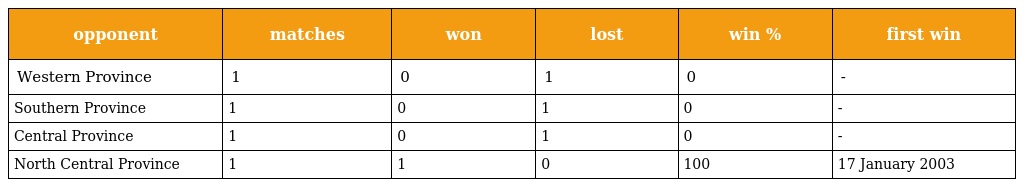
| opponent | matches | won | lost | win % | first win |
 | --- | --- | --- | --- | --- | --- |
 | Western Province | 1 | 0 | 1 | 0 | - |
 | Southern Province | 1 | 0 | 1 | 0 | - |
 | Central Province | 1 | 0 | 1 | 0 | - |
 | North Central Province | 1 | 1 | 0 | 100 | 17 January 2003 |